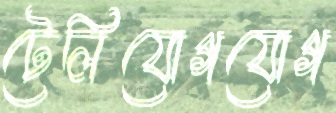
টেলিযোগযোগ